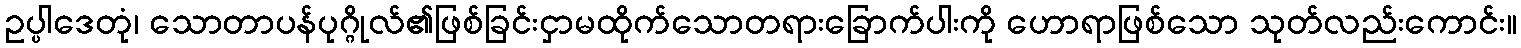
ဥပ္ပါဒေတုံ၊ သောတာပန်ပုဂ္ဂိုလ်၏ဖြစ်ခြင်းငှာမထိုက်သောတရားခြောက်ပါးကို ဟောရာဖြစ်သော သုတ်လည်းကောင်း။